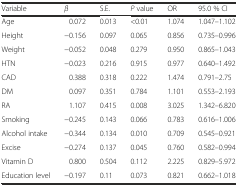
<table><thead><tr><td><b>Variable</b></td><td><b><i>β</i></b></td><td><b>S.E.</b></td><td><b><i>P</i> value</b></td><td><b>OR</b></td><td><b>95.0 % CI</b></td></tr></thead><tbody><tr><td>Age</td><td>0.072</td><td>0.013</td><td>&lt;0.01</td><td>1.074</td><td>1.047–1.102</td></tr><tr><td>Height</td><td>−0.156</td><td>0.097</td><td>0.065</td><td>0.856</td><td>0.735–0.996</td></tr><tr><td>Weight</td><td>−0.052</td><td>0.048</td><td>0.279</td><td>0.950</td><td>0.865–1.043</td></tr><tr><td>HTN</td><td>−0.023</td><td>0.216</td><td>0.915</td><td>0.977</td><td>0.640–1.492</td></tr><tr><td>CAD</td><td>0.388</td><td>0.318</td><td>0.222</td><td>1.474</td><td>0.791–2.75</td></tr><tr><td>DM</td><td>0.097</td><td>0.351</td><td>0.784</td><td>1.101</td><td>0.553–2.193</td></tr><tr><td>RA</td><td>1.107</td><td>0.415</td><td>0.008</td><td>3.025</td><td>1.342–6.820</td></tr><tr><td>Smoking</td><td>−0.245</td><td>0.143</td><td>0.066</td><td>0.783</td><td>0.616–1.006</td></tr><tr><td>Alcohol intake</td><td>−0.344</td><td>0.134</td><td>0.010</td><td>0.709</td><td>0.545–0.921</td></tr><tr><td>Excise</td><td>−0.274</td><td>0.137</td><td>0.045</td><td>0.760</td><td>0.582–0.994</td></tr><tr><td>Vitamin D</td><td>0.800</td><td>0.504</td><td>0.112</td><td>2.225</td><td>0.829–5.972</td></tr><tr><td>Education level</td><td>−0.197</td><td>0.11</td><td>0.073</td><td>0.821</td><td>0.662–1.018</td></tr></tbody></table>